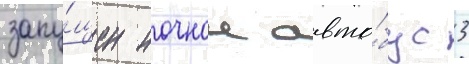
запу́щен ночнои авто́бус 3